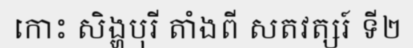
កោះ សិង្ហបុរី តាំងពី សតវត្សរ៍ ទី២